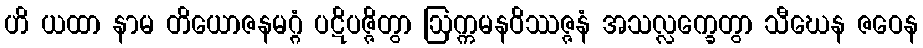
ဟိ ယထာ နာမ တိယောဇနမဂ္ဂံ ပဋိပဇ္ဇိတွာ ဩက္ကမနဝိဿဇ္ဇနံ အသလ္လက္ခေတွာ သီဃေန ဇဝေန